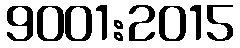
9001:2015